Leaving Certificate Examination, 1924
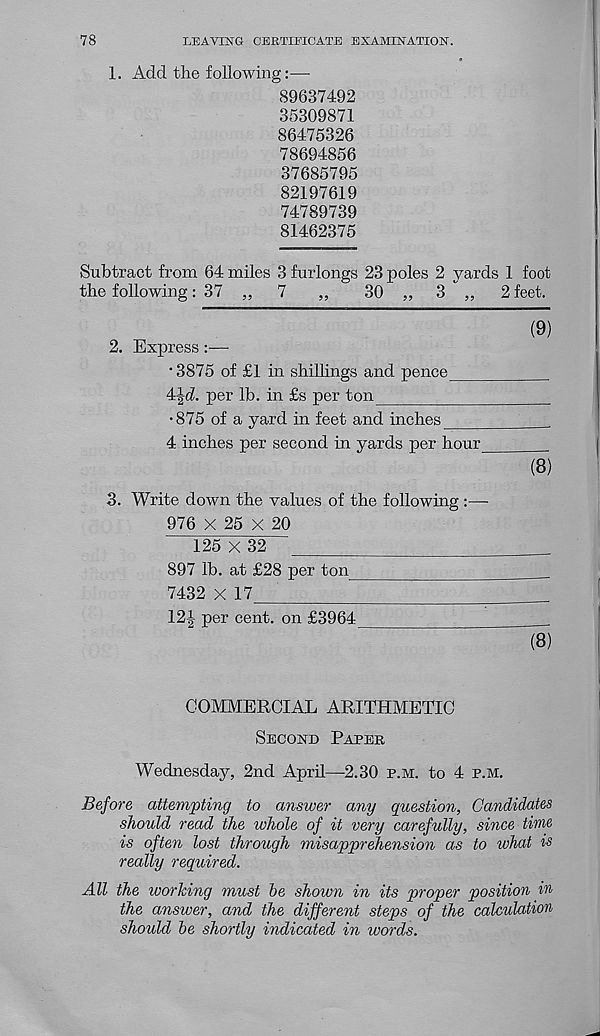
78
LEAVING CERTIFICATE EXAMINATION.
1. Add the following
89637492
35309871
86475326
78694856
37685795
82197619
74789739
81462375
Subtract from 64 miles 3 furlongs 23 poles 2 yards 1 foot
the following: 37 „
7
„
30 „ 3 „
2 feet.
(9)
2. Express :—
• 3875 of £1 in shillings and pence
4|d. per lb. in £s per ton
•875 of a yard in feet and inches
‘
4 inches per second in yards per hour
(8)
3. Write down the values of the following :—•
976 X 25 X 20
125 X 32
897 lb. at £28 per ton
7432 x 17
12! p er cen t. on £3964
(8)
COMMERCIAL ARITHMETIC
Second Paper
Wednesday, 2nd April—2.30 p.m. to 4 p.m.
Before attempting to answer any question, Candidates
should read the whole of it very carefully, since time
is often lost through misapprehension as to what is
really required.
All the working must he shown in its proper position in
the answer, and the different steps of the calculation
should he shortly indicated in words.